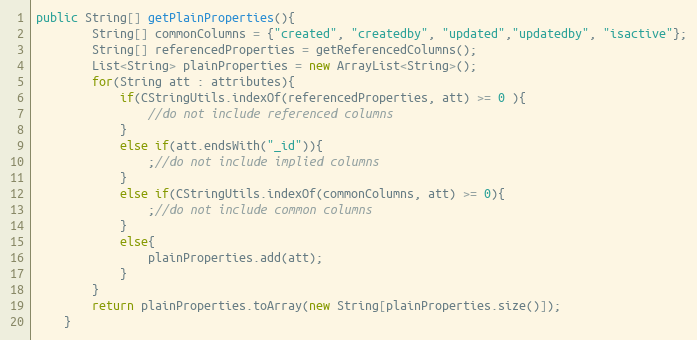
Language: Java
public String[] getPlainProperties(){
		String[] commonColumns = {"created", "createdby", "updated","updatedby", "isactive"};
		String[] referencedProperties = getReferencedColumns();
		List<String> plainProperties = new ArrayList<String>();
		for(String att : attributes){
			if(CStringUtils.indexOf(referencedProperties, att) >= 0 ){
				//do not include referenced columns
			}
			else if(att.endsWith("_id")){
				;//do not include implied columns
			}
			else if(CStringUtils.indexOf(commonColumns, att) >= 0){
				;//do not include common columns
			}
			else{
				plainProperties.add(att);
			}
		}
		return plainProperties.toArray(new String[plainProperties.size()]);
	}